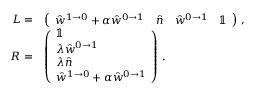
\begin{array} { r l } { L = } & { \left( \begin{array} { l l l l } { \hat { w } ^ { 1 \to 0 } + \alpha \hat { w } ^ { 0 \to 1 } } & { \hat { n } } & { \hat { w } ^ { 0 \to 1 } } & { \mathbb { 1 } } \end{array} \right) \, , } \\ { R = } & { \left( \begin{array} { l } { \mathbb { 1 } } \\ { \lambda \hat { w } ^ { 0 \to 1 } } \\ { \lambda \hat { n } } \\ { \hat { w } ^ { 1 \to 0 } + \alpha \hat { w } ^ { 0 \to 1 } } \end{array} \right) \, . } \end{array}